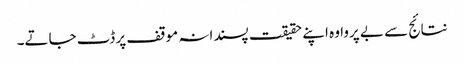
نتائج سے بے پروا وہ اپنے حقیقت پسندانہ موقف پر ڈٹ جاتے۔